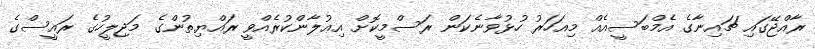
ރާއްޖޭގައި ޗައިނާގެ އެމްބަސީއެއް މިއަހަރު ހުޅުވާނެކަން ރަސްމީކޮށް އިޢުލާންކުރެއްވީ ރައްޔިތުންގެ މަޖިލީހުގެ ރައީސްގެ